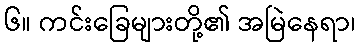
၆။ ကင်းခြေများတို့၏ အမြဲနေရာ၊